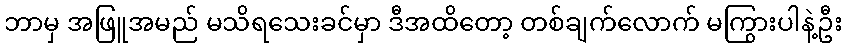
ဘာမှ အဖြူအမည် မသိရသေးခင်မှာ ဒီအထိတော့ တစ်ချက်လောက် မကြွားပါနဲ့ဦး